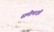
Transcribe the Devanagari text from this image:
समीमाक्षी